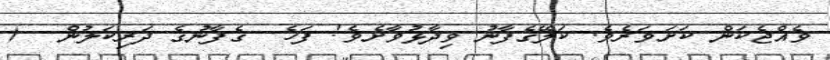
ވެއްޖެކަން ކަށަވަރެވެ. ކަލޭގެފާނު ވިދާޅުވާށެވެ! ފަހެ  ގެފާނުގެ ދަރިކަލުން  (